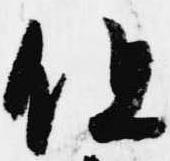
但